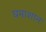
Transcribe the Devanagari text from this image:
घमाशान